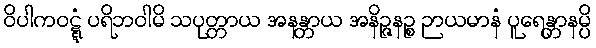
ဝိပါကဝဋ္ဋံ ပရိဘဝါမိ သပုတ္တာယ အနန္တာယ အနိဉ္ဇနဉ္စ ဉာယမာနံ ပူရေန္တာနမ္ပိ